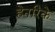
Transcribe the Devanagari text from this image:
हेनरिके